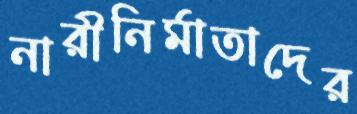
নারীনির্মাতাদের